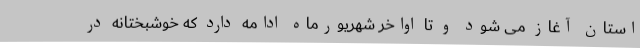
استان آغاز می شود و تا اواخر شهریورماه ادامه دارد که خوشبختانه در